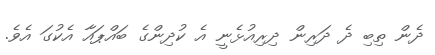
ދެން ތިބި ދެ ދަރިން ދިރިއުޅެނީ އެ ކުދިންގެ ބައްޕައާ އެކުގަ އެވެ.